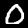
Digit: 0